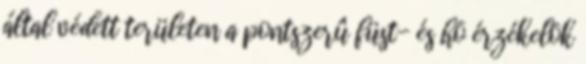
által védett területen a pontszerû füst- és hõ érzékelõk